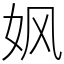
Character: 㚯